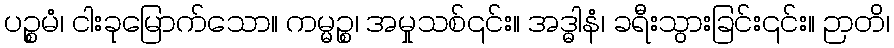
ပဉ္စမံ၊ ငါးခုမြောက်သော။ ကမ္မဉ္စ၊ အမှုသစ်၎င်း။ အဒ္ဓါနံ၊ ခရီးသွားခြင်း၎င်း။ ဉာတိ၊